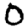
Digit: 0